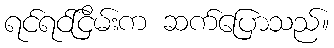
ရင်ရင်ငြိမ်းက ဆက်ပြောသည်။